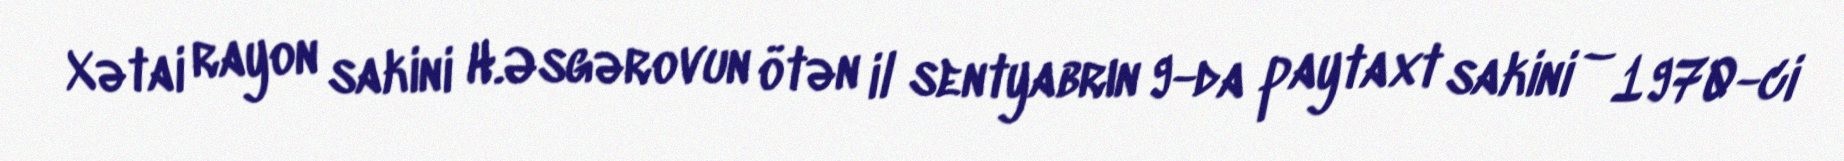
Xətai rayon sakini H.Əsgərovun ötən il sentyabrın 9-da paytaxt sakini – 1970-ci